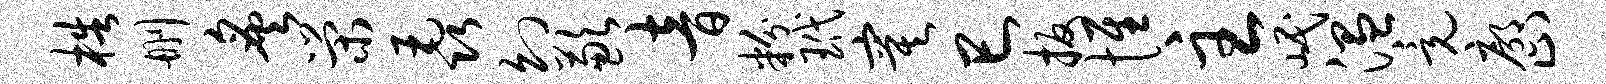
梏删炙荣毳幻歉音粉玳寞巳扳惟主岷温竟廓止